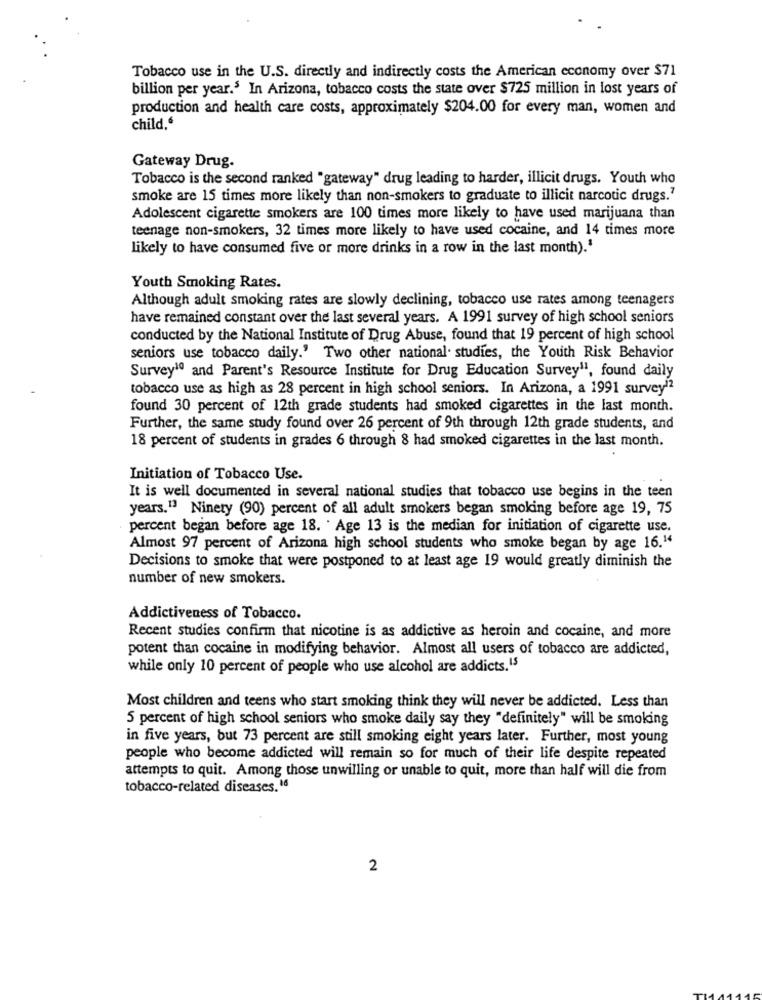
Tobacco use in the U.S. directly and indirectly costs the American economy over $71
billion per year.5 In Arizona, tobacco costs the state over $725 million in lost years of
production and health care costs, approximately $204.00 for every man, women and
child.6
Gateway Drug.
Tobacco is the second ranked "gateway" drug leading to harder, illicit drugs. Youth who
smoke are 15 times more likely than non-smokers to graduate to illicit narcotic drugs."
Adolescent cigarette smokers are 100 times more likely to have used marijuana than
teenage non-smokers, 32 times more likely to have used cocaine, and 14 times more
likely to have consumed five or more drinks in a row in the last month).'
Youth Smoking Rates.
Although adult smoking rates are slowly declining, tobacco use rates among teenagers
have remained constant over the last several years. A 1991 survey of high school seniors
conducted by the National Institute of Drug Abuse, found that 19 percent of high school
seniors use tobacco daily.' Two other national. studies, the Youth Risk Behavior
Survey1ª and Parent's Resource Institute for Drug Education Survey1, found daily
tobacco use as high as 28 percent in high school seniors. In Arizona, a 1991 survey12
found 30 percent of 12th grade students had smoked cigarettes in the last month.
Further, the same study found over 26 percent of 9th through 12th grade students, and
18 percent of students in grades 6 through 8 had smoked cigarettes in the last month.
Initiation of Tobacco Use.
It is well documented in several national studies that tobacco use begins in the teen
years.13 Ninety (90) percent of all adult smokers began smoking before age 19, 75
percent began before age 18. Age 13 is the median for initiation of cigarette use.
Almost 97 percent of Arizona high school students who smoke began by age 16."4
Decisions to smoke that were postponed to at least age 19 would greatly diminish the
number of new smokers.
Addictiveness of Tobacco.
Recent studies confirm that nicotine is as addictive as heroin and cocaine, and more
potent than cocaine in modifying behavior. Almost all users of tobacco are addicted,
while only 10 percent of people who use alcohol are addicts.15
Most children and teens who start smoking think they will never be addicted. Less than
5 percent of high school seniors who smoke daily say they "definitely" will be smoking
in five years, but 73 percent are still smoking eight years later. Further, most young
people who become addicted will remain so for much of their life despite repeated
attempts to quit. Among those unwilling or unable to quit, more than half will die from
tobacco-related diseases. 16
2